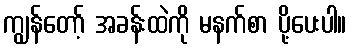
ကျွန်တော့် အခန်းထဲကို မနက်စာ ပို့ပေးပါ။